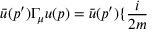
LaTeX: \bar { u } ( p ^ { \prime } ) \Gamma _ { \mu } u ( p ) = \bar { u } ( p ^ { \prime } ) \{ \frac { i } { 2 m }